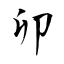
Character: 卯